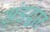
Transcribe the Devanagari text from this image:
अंडद्वार